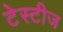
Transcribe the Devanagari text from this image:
टेस्टीज